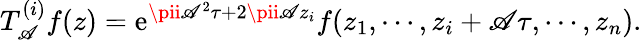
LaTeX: T_{\mathscr{A}}^{(i)}f(z)=\mathrm{e}^{\pii\mathscr{A}^{2}\tau+2\pii\mathscr{A}z_{i}}f(z_{1},\cdots,z_{i}+\mathscr{A}\tau,\cdots,z_{n}).